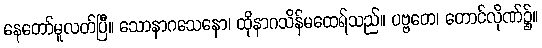
နေတော်မူလတ်ပြီ။ သောနာဂသေနော၊ ထိုနာဂသိန်မထေရ်သည်။ ပဗ္ဗတေ၊ တောင်လိုဏ်၌။